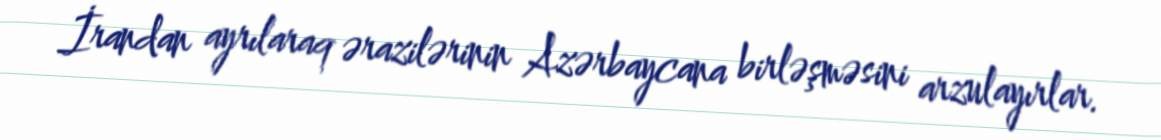
İrandan ayrılaraq ərazilərinin Azərbaycana birləşməsini arzulayırlar.